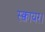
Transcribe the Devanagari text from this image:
स्क्वायर।